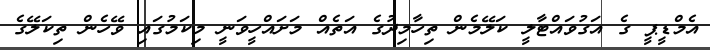
އެމްޑީޕީ ގެ އަގުވައްޓާލީ ކަލޭމެން ތިހާމިދުގެ އަތެއް މަށައްހީވަނީ މިކަމުގައި ވޭހެން ތިކަލޭގެ